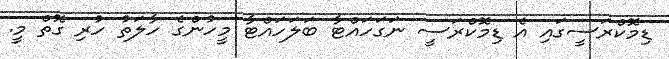
ޑިމޮކްރަސީގައި އެ ޑިމޮކްރަސީ ނަގަހައްޓާ ބަލަހައްޓާ މީހުންގެ ހާލަތު ހުރި ގޮތް މީ.